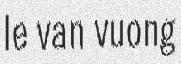
le van vuong